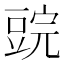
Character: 𰶜